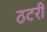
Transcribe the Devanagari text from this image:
ठटरी